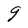
Character: g